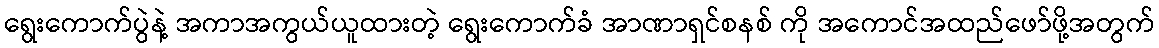
ရွေးကောက်ပွဲနဲ့ အကာအကွယ်ယူထားတဲ့ ရွေးကောက်ခံ အာဏာရှင်စနစ် ကို အကောင်အထည်ဖော်ဖို့အတွက်